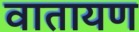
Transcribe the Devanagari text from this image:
वातायण